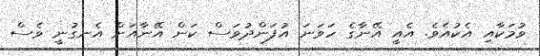
ވުމަކާއި އެކުއެވެ. އެއީ އޭނާގެ ހަވަނަ އުފަންދުވަސް ކަން އޭނާއަށް އެނގުނީ ވެސް